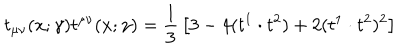
LaTeX: t _ { \mu \nu } ( x ; \gamma ) t ^ { \mu \nu } ( x ; \gamma ) = { \frac { 1 } { 3 } } \left[ 3 - 4 ( t ^ { 1 } \cdot t ^ { 2 } ) + 2 ( t ^ { 1 } \cdot t ^ { 2 } ) ^ { 2 } \right]